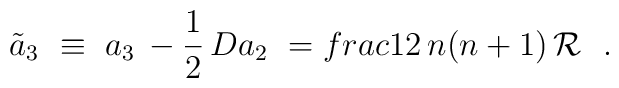
\tilde{a}_3 \ \equiv \ a_3 \, - {1\over 2} \, Da_2\ = \\frac{1}{2}  \, n (n+1) \, {\cal R}\ \ .